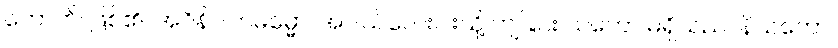
ဟောတိ၊ ဖြစ်၏။ အဝိနိပါတဓမ္မော၊ အပါယ်လေးပါးသို့ ကျခြင်း သဘော မရှိသည်။ နိယတော၊